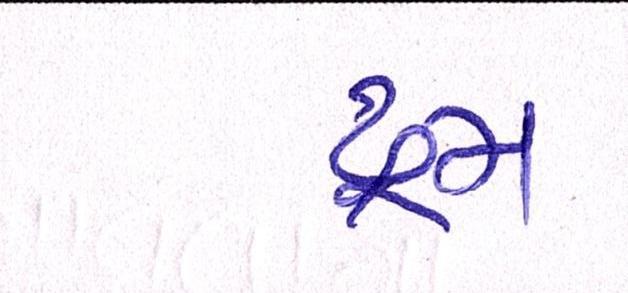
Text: ડ્રમ